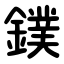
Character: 鏷